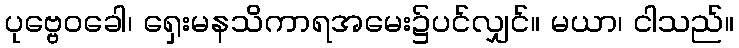
ပုဗ္ဗေဝခေါ၊ ရှေးမနသိကာရအမေး၌ပင်လျှင်။ မယာ၊ ငါသည်။